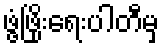
ဖွံ့ဖြိုးရေးပါတီမှ